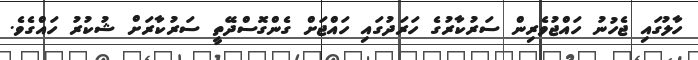
ހާލުގައި ޖެހުނު ހައްޖުވެރިން ސަރުކާރުގެ ހަރަދުގައި ހައްޖަށް ގެންގޮސްދޭތީ ސަރުކާރަށް ޝުކުރު ހައްގެވެ.